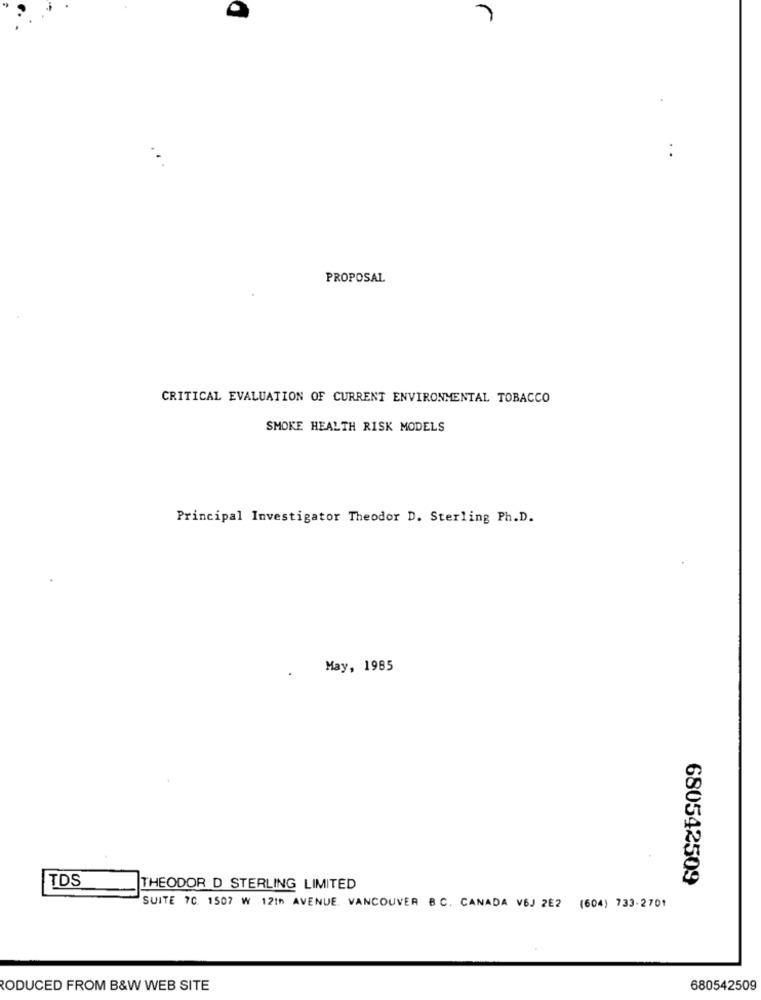
7
PROPOSAL
CRITICAL EVALUATION OF CURRENT ENVIRONMENTAL TOBACCO
SMOKE HEALTH RISK MODELS
Principal Investigator Theodor D. Sterling Ph.D.
May, 1985
TDS
680542509
THEODOR D STERLING LIMITED
SUITE 70. 1507 W 12th AVENUE. VANCOUVER BC. CANADA VBJ 2E2 (604) 733-2701
RODUCED FROM B&W WEB SITE
680542509